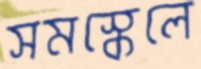
সমস্কেলে